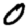
Digit: 0